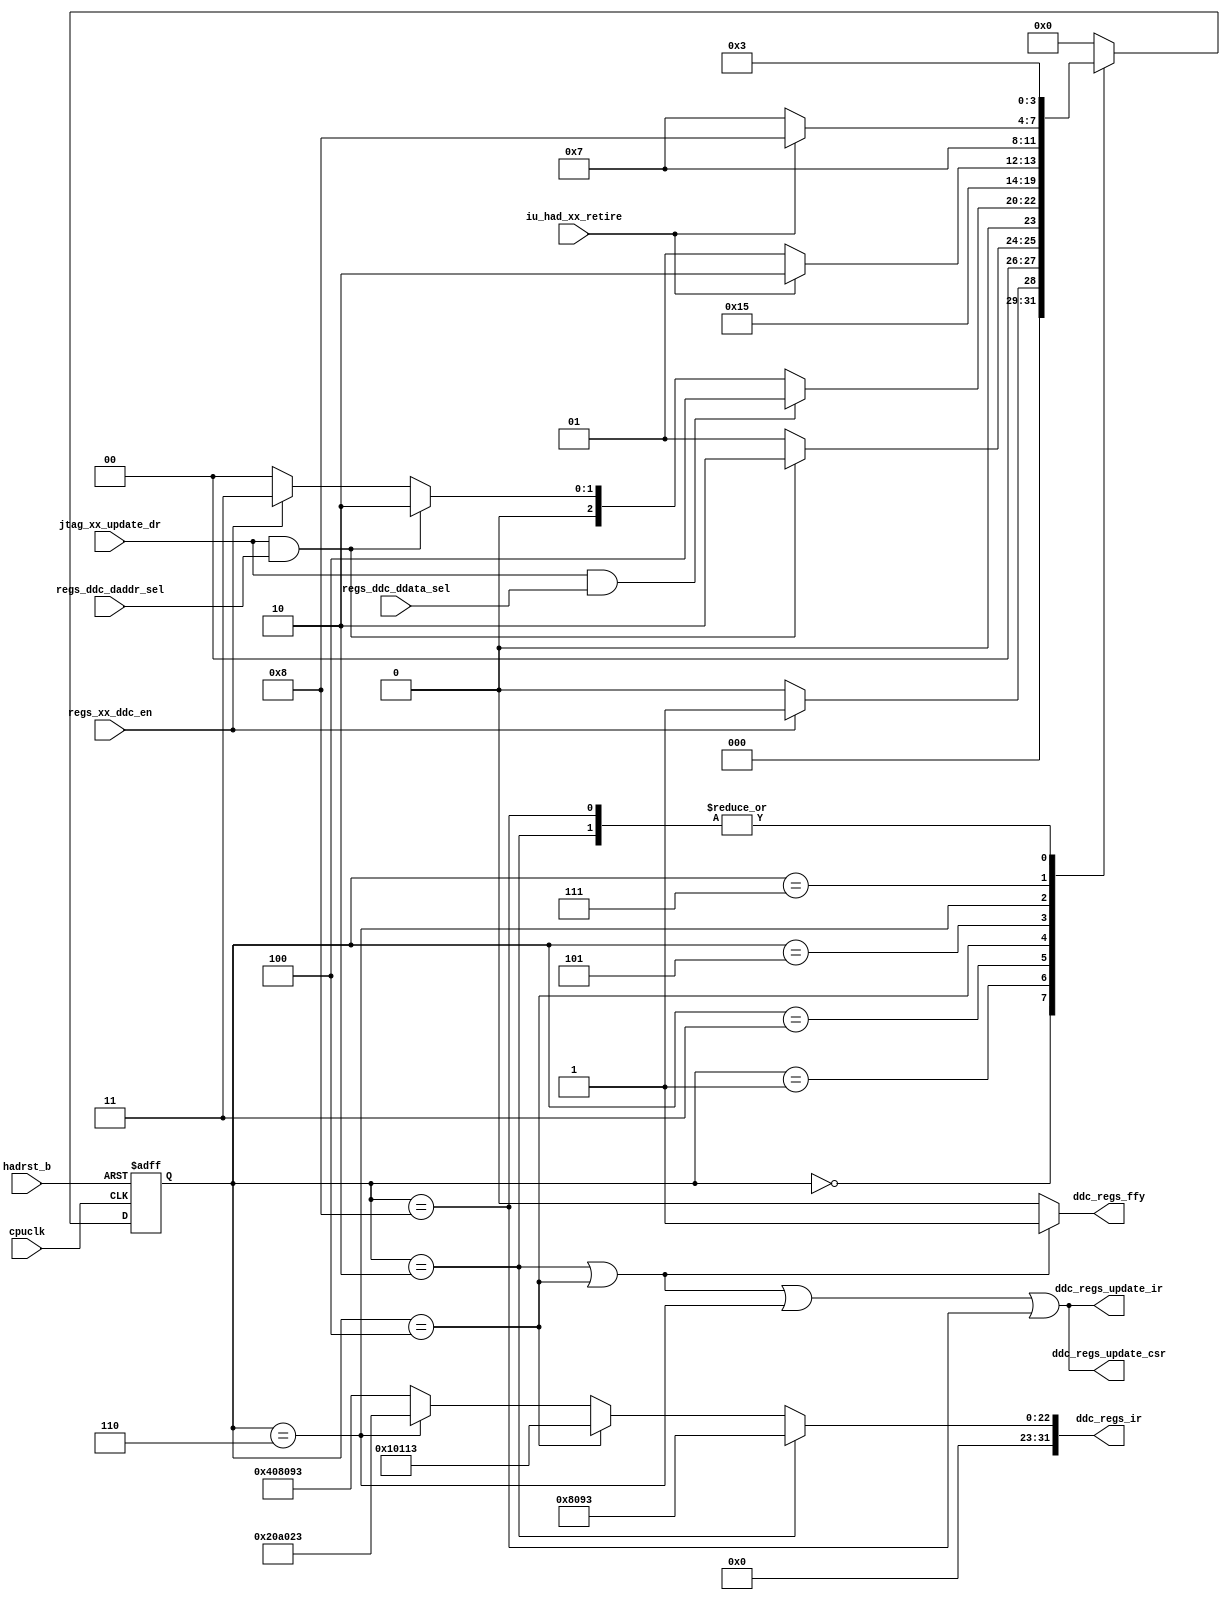
/*Copyright 2018-2021 T-Head Semiconductor Co., Ltd.

Licensed under the Apache License, Version 2.0 (the "License");
you may not use this file except in compliance with the License.
You may obtain a copy of the License at

    http://www.apache.org/licenses/LICENSE-2.0

Unless required by applicable law or agreed to in writing, software
distributed under the License is distributed on an "AS IS" BASIS,
WITHOUT WARRANTIES OR CONDITIONS OF ANY KIND, either express or implied.
See the License for the specific language governing permissions and
limitations under the License.
*/
module cr_had_ddc(
  cpuclk,
  ddc_regs_ffy,
  ddc_regs_ir,
  ddc_regs_update_csr,
  ddc_regs_update_ir,
  hadrst_b,
  iu_had_xx_retire,
  jtag_xx_update_dr,
  regs_ddc_daddr_sel,
  regs_ddc_ddata_sel,
  regs_xx_ddc_en
);

// &Ports; @21
input           cpuclk;             
input           hadrst_b;           
input           iu_had_xx_retire;   
input           jtag_xx_update_dr;  
input           regs_ddc_daddr_sel; 
input           regs_ddc_ddata_sel; 
input           regs_xx_ddc_en;     
output          ddc_regs_ffy;       
output  [31:0]  ddc_regs_ir;        
output          ddc_regs_update_csr; 
output          ddc_regs_update_ir; 

// &Regs; @22
reg     [3 :0]  cur_st;             
reg     [3 :0]  nxt_st;             

// &Wires; @23
wire            addr_gen;           
wire            addr_ready;         
wire            addr_sel;           
wire            cpuclk;             
wire            data_ld_finish;     
wire            data_ready;         
wire            data_sel;           
wire            ddc_regs_ffy;       
wire    [31:0]  ddc_regs_ir;        
wire            ddc_regs_update_csr; 
wire            ddc_regs_update_ir; 
wire            hadrst_b;           
wire            iu_had_xx_retire;   
wire            jtag_xx_update_dr;  
wire            regs_ddc_daddr_sel; 
wire            regs_ddc_ddata_sel; 
wire            regs_xx_ddc_en;     
wire            stw_inst_retire;    
wire            stw_sel;            


//==============================================================================
//                           DDC control state machine 
//==============================================================================

parameter DDC_IDLE        = 4'h0;
parameter DDC_ADDR_WAIT   = 4'h1;
parameter DDC_ADDR_LD     = 4'h2;
parameter DDC_DATA_WAIT   = 4'h3;
parameter DDC_DATA_LD     = 4'h4;
parameter DDC_STW_WAIT    = 4'h5;
parameter DDC_STW_LD      = 4'h6;
parameter DDC_STW_FINISH  = 4'h7;
parameter DDC_ADDR_GEN    = 4'h8;

always @(posedge cpuclk or negedge hadrst_b)
begin
  if (!hadrst_b)
    cur_st[3:0] <= DDC_IDLE;
  else
    cur_st[3:0] <= nxt_st[3:0];
end

always @( * )
begin
  case(cur_st[3:0])
    DDC_IDLE : begin
      if (regs_xx_ddc_en)
        nxt_st[3:0] = DDC_ADDR_WAIT;
      else
        nxt_st[3:0] = DDC_IDLE;
    end
    DDC_ADDR_WAIT : begin // wait addr be loaded into daddr
      if (addr_ready)
        nxt_st[3:0] = DDC_ADDR_LD;
      else
        nxt_st[3:0] = DDC_ADDR_WAIT;
    end
    DDC_ADDR_LD : begin  // load "mov r0, r0" to ir, ffy and wbbr
      nxt_st[3:0] = DDC_DATA_WAIT;
    end
    DDC_DATA_WAIT : begin
      // if (addr_ld_finish && data_ready) // wait base prepare finish and data ready.
      if (data_ready) // wait base prepare finish and data ready.
        nxt_st[3:0] = DDC_DATA_LD;
      else if (addr_ready) // re-prepare base
        nxt_st[3:0] = DDC_ADDR_LD;
      else if (!regs_xx_ddc_en)
        nxt_st[3:0] = DDC_IDLE;
      else
        nxt_st[3:0] = DDC_DATA_WAIT;
    end
    DDC_DATA_LD : begin
      nxt_st[3:0] = DDC_STW_WAIT; // load "mov r1, r1" to ir, ffy and wbbr
    end
    DDC_STW_WAIT : begin
      if (data_ld_finish)  // wait for "mov r1, r1" retire: data prepare finish
        nxt_st[3:0] = DDC_STW_LD;
      else
        nxt_st[3:0] = DDC_STW_WAIT;
    end
    DDC_STW_LD : begin      // load "stw r1, r0" to ir
      nxt_st[3:0] = DDC_STW_FINISH;
    end
    DDC_STW_FINISH : begin // wait for stw finish
      if (stw_inst_retire)
        nxt_st[3:0] = DDC_ADDR_GEN;
      else
        nxt_st[3:0] = DDC_STW_FINISH;
    end
    DDC_ADDR_GEN : begin   // increase addr and recycle
      nxt_st[3:0] = DDC_DATA_WAIT;
    end
    default : begin
      nxt_st[3:0] = DDC_IDLE;
    end
  endcase
end

// addr load finish
// always @(posedge cpuclk or negedge hadrst_b)
// begin
//   if (!hadrst_b)
//     addr_ld_finish <= 1'b0;
//   else if (cur_st[3:0] == DATA_WAIT) begin
//     if (iu_had_xx_retire)
//       addr_ld_finish <= 1'b1;
//     else
//       addr_ld_finish <= addr_ld_finish; // hold finish state
//   end
//   else
//     addr_ld_finish <= 1'b0;
// end

// data load finish will push state machine into next state, so the state
// needn't hold
assign data_ld_finish = iu_had_xx_retire;
assign stw_inst_retire = iu_had_xx_retire;

//==========================================================
// state machine control signals
assign addr_ready = jtag_xx_update_dr && regs_ddc_daddr_sel;
assign data_ready = jtag_xx_update_dr && regs_ddc_ddata_sel;

//==========================================================
// state machine status
assign addr_sel   = cur_st[3:0] == DDC_ADDR_LD;
assign data_sel   = cur_st[3:0] == DDC_DATA_LD;
assign stw_sel    = cur_st[3:0] == DDC_STW_LD;
assign addr_gen   = cur_st[3:0] == DDC_ADDR_GEN;

//==============================================================================
// DDC Data path
//==============================================================================

//==========================================================
// load data into DDC data reg from scan chain
//always @(posedge cpuclk)
//begin
//  if (data_ready)
//    ddata_reg[31:0] <= jtag_xx_data[31:0];
//  else
//    ddata_reg[31:0] <= ddata_reg[31:0];
//end

//==========================================================
// load address into DDC addr reg from scan chain
//always @(posedge cpuclk)
//begin
//  if (addr_ready)
//    daddr_reg[31:0] <= jtag_xx_data[31:0];
//  else if (addr_gen)
//    daddr_reg[31:0] <= daddr_reg[31:0] + 3'b100;
//  else
//    daddr_reg[31:0] <= daddr_reg[31:0];
//end

//==========================================================
// Update HAD Regs
// 1. WBBR
//assign ddc_regs_update_wbbr = addr_sel || data_sel;
//assign ddc_regs_wbbr[31:0] = addr_sel ? daddr_reg[31:0] : ddata_reg[31:0];
// 2. IR
assign ddc_regs_update_ir   = addr_sel || data_sel || stw_sel || addr_gen;
// by zhaocj for rv32 assign ddc_regs_ir[31:0] = addr_sel ? 32'hc4004820  // mov32 r0, r0
// by zhaocj for rv32                          : data_sel ? 32'hc4014821  // mov32 r1, r1
// by zhaocj for rv32                          : stw_sel  ? 32'hdc202000  // st32.w r1, r0, #0
// by zhaocj for rv32                          : 32'he4000003;  // addi32 r0, r0, 0x4
assign ddc_regs_ir[31:0] = addr_sel ? 32'h00008093  // mv x1, x1
                         : data_sel ? 32'h00010113  // mv x2, x2
                         : stw_sel  ? 32'h0020a023  // sw x2, 0x0(x1)
                         : 32'h00408093;  // addi x1, x1, 0x4

// 3. CSR
assign ddc_regs_update_csr  = addr_sel || data_sel || stw_sel || addr_gen;
assign ddc_regs_ffy = (addr_sel || data_sel) ? 1'b1 : 1'b0;
//// 4. DADDR
//assign ddc_regs_ddata[31:0] = ddata_reg[31:0];
//// 5. DDATA
//assign ddc_regs_daddr[31:0] = daddr_reg[31:0];

// &ModuleEnd; @185
endmodule